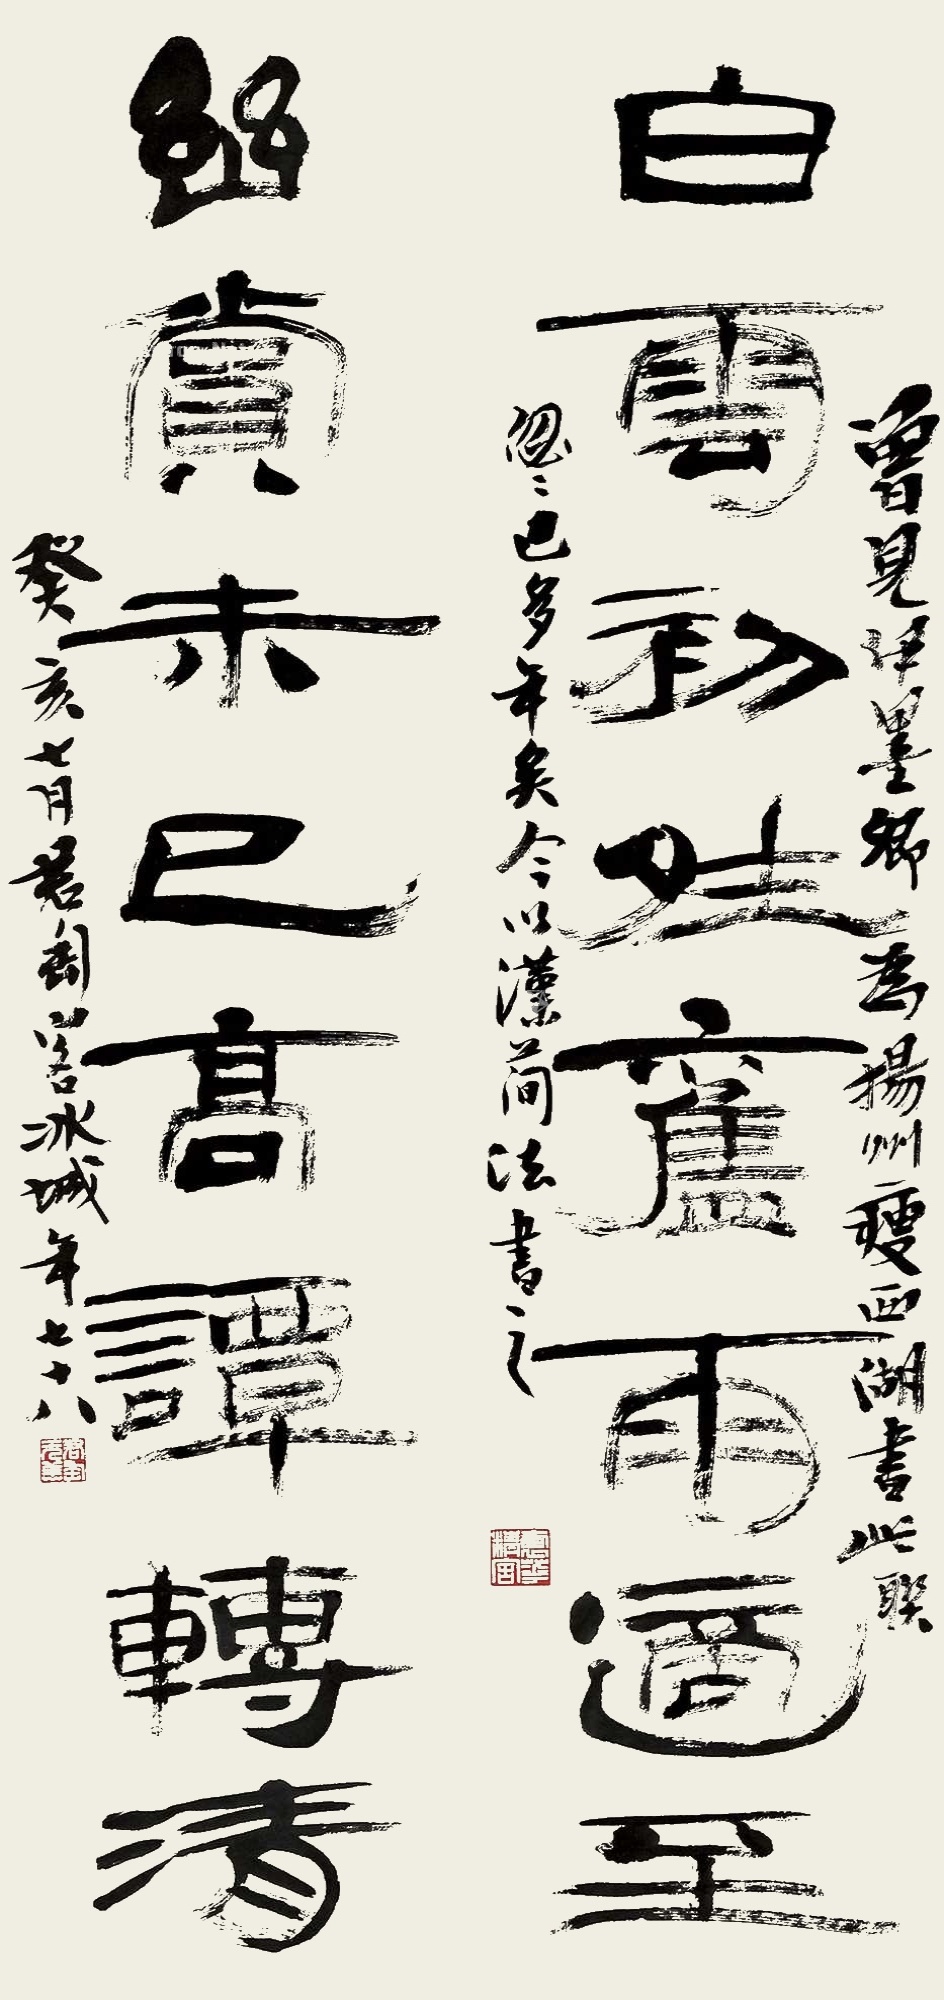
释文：白云初晴旧雨适至，幽赏未已高谭转清。曾见伊墨卿为扬州瘦西湖书此联，忽忽也多年矣。今以汉简法书之。癸亥七月，君匋客冰城，年七十八。